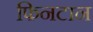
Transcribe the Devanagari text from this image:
फिनटान